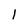
Character: l